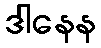
ဒါနေန